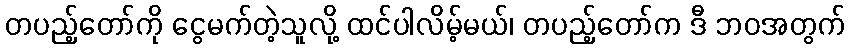
တပည့်တော်ကို ငွေမက်တဲ့သူလို့ ထင်ပါလိမ့်မယ်၊ တပည့်တော်က ဒီ ဘဝအတွက်